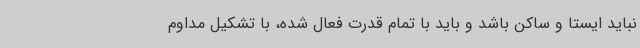
نباید ایستا و ساکن باشد و باید با تمام قدرت فعال شده، با تشکیل مداوم